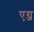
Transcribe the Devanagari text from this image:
एग्ज